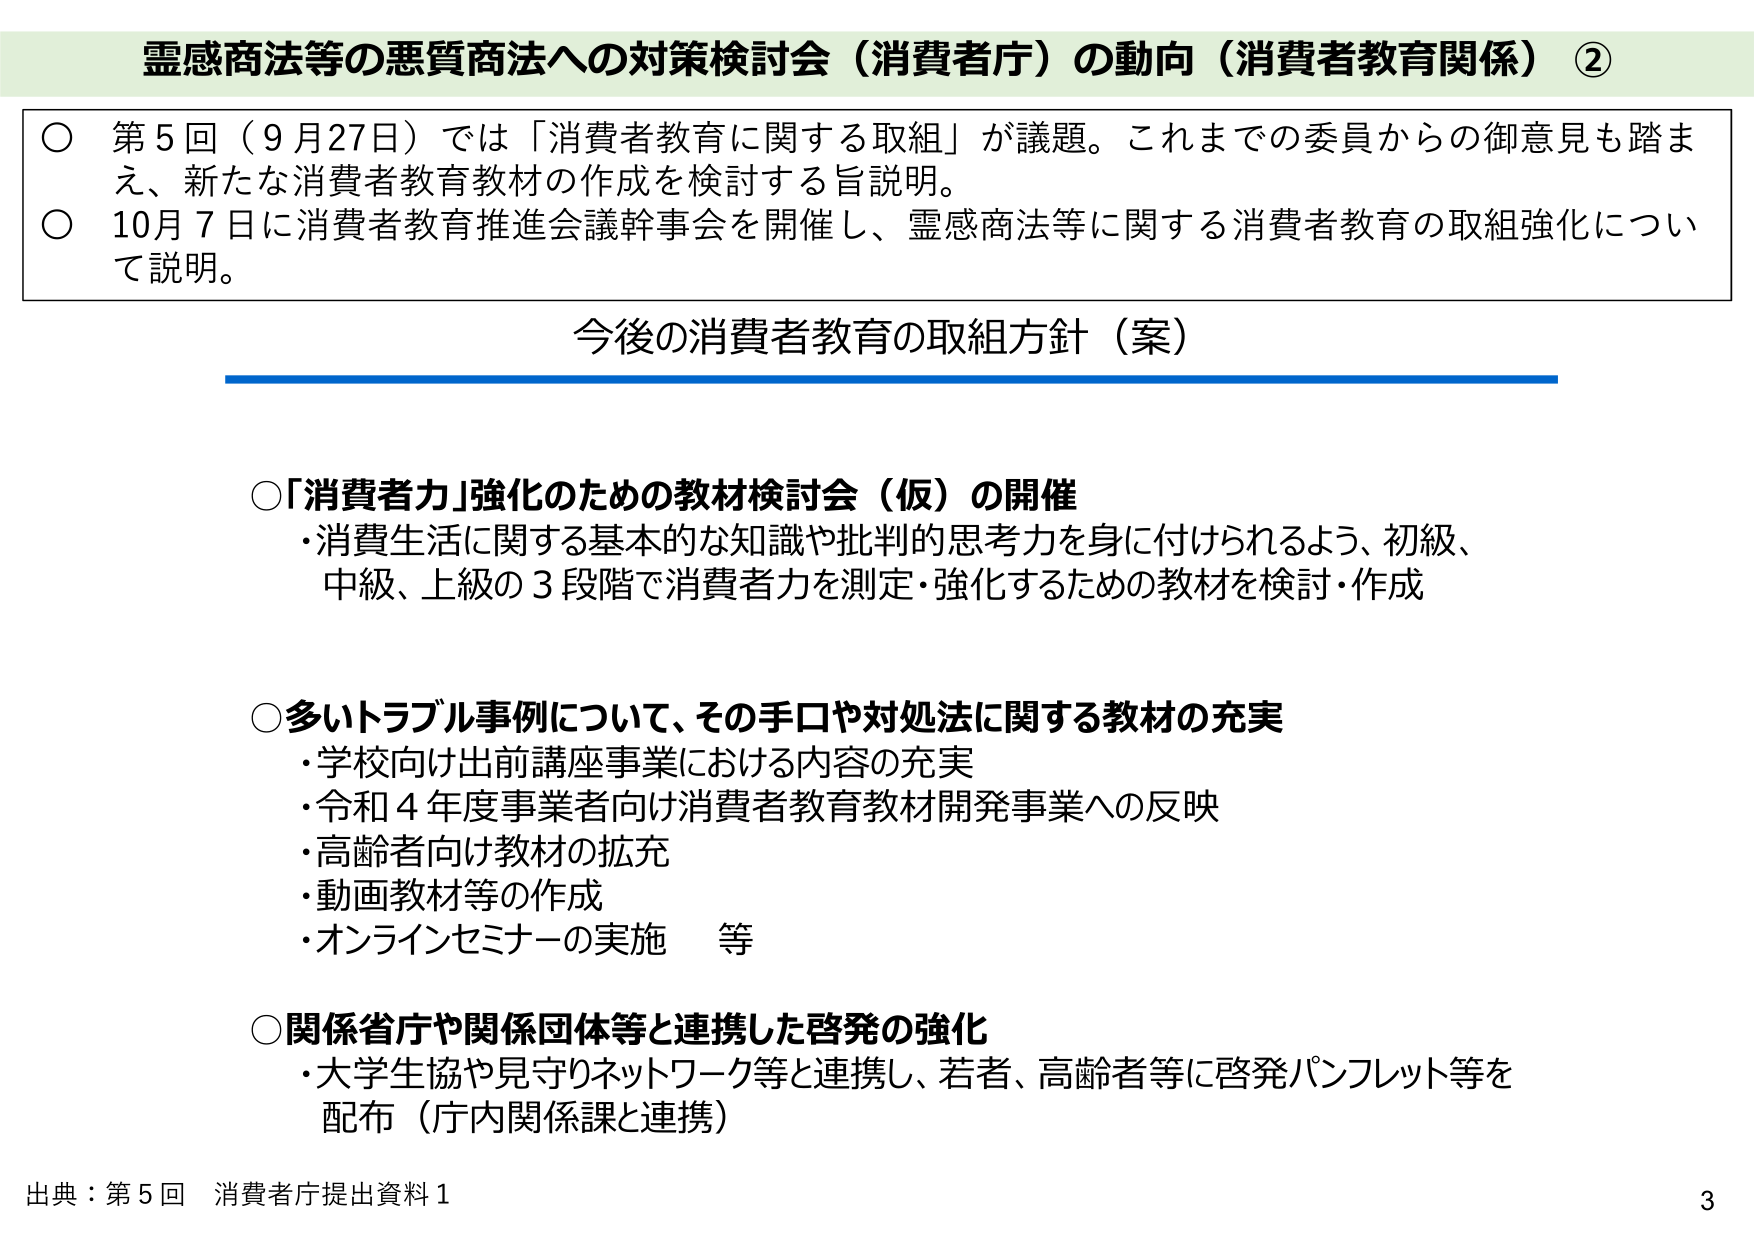
霊感商法等の悪質商法への対策検討会（消費者庁）の動向（消費者教育関係）②

○ 第5回（9月27日）では「消費者教育に関する取組」が議題。これまでの委員からの御意見も踏まえ、新たな消費者教育教材の作成を検討する旨説明。
○ 10月7日に消費者教育推進会議幹事会を開催し、霊感商法等に関する消費者教育の取組強化について説明。

今後の消費者教育の取組方針（案）

○「消費者力」強化のための教材検討会（仮）の開催
・消費生活に関する基本的な知識や批判的思考力を身に付けられるよう、初級、中級、上級の3段階で消費者力を測定・強化するための教材を検討・作成

○多いトラブル事例について、その手口や対処法に関する教材の充実
・学校向け出前講座事業における内容の充実
・令和4年度事業者向け消費者教育教材開発事業への反映
・高齢者向け教材の拡充
・動画教材等の作成
・オンラインセミナーの実施　等

○関係省庁や関係団体等と連携した啓発の強化
・大学生協や見守りネットワーク等と連携し、若者、高齢者等に啓発パンフレット等を配布（庁内関係課と連携）

出典：第5回 消費者庁提出資料1
3